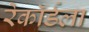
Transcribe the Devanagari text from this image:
रेकॉर्डला